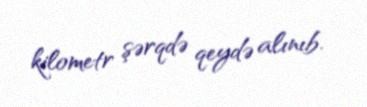
kilometr şərqdə qeydə alınıb.